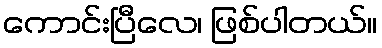
ကောင်းပြီလေ၊ ဖြစ်ပါတယ်။